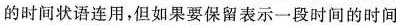
的时间状语连用，但如果要保留表示一段时间的时间